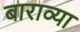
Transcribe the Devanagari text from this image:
बाराव्‍या